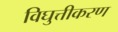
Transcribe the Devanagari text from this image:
विघुत्तीकरण